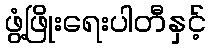
ဖွံ့ဖြိုးရေးပါတီနှင့်